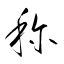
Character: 称